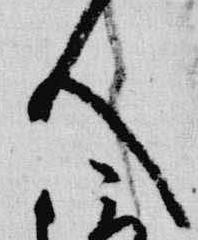
人